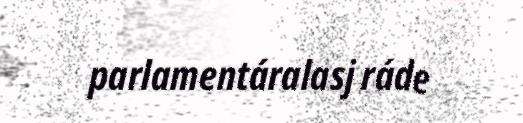
parlamentáralasj ráde